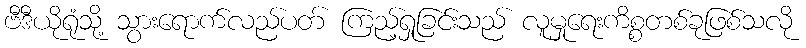
ဗီဒီယိုရုံသို့ သွားရောက်လည်ပတ် ကြည့်ရှုခြင်းသည် လူမှုရေးကိစ္စတစ်ခုဖြစ်သလို